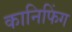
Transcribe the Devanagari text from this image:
कानिफिंग